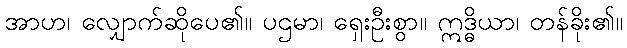
အာဟ၊ လျှောက်ဆိုပေ၏။ ပဌမာ၊ ရှေးဦးစွာ။ ဣဒ္ဓိယာ၊ တန်ခိုး၏။